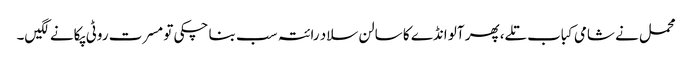
محمل نے شامی کباب تلے، پھر آلو انڈے کا سالن سلاد رائتہ سب بنا چکی تو مسرت روٹی پکانے لگیں۔